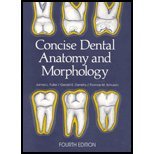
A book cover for Concise Dental Anatomy & Morphology (4th, 01) by Fuller, Jim [Paperback (2001)]; Fuler; Medical Books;